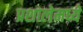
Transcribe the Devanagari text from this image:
प्रशालेमध्ये